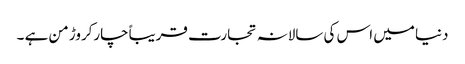
دنیا میں اس کی سالانہ تجارت قریباًچارکروڑ من ہے ۔